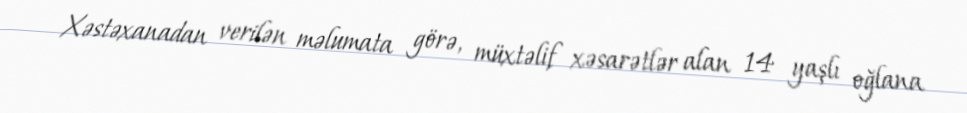
Xəstəxanadan verilən məlumata görə, müxtəlif xəsarətlər alan 14 yaşlı oğlana